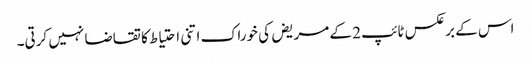
اس کے برعکس ٹائپ 2 کے مریض کی خوراک اتنی احتیاط کا تقاضا نہیں کرتی۔